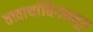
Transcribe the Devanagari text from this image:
तत्त्वार्थाधिगमसूत्र